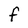
Character: f